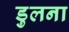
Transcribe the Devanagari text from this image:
डुलना